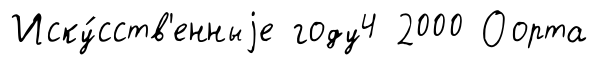
Иску́сств'енныjе году4 2000 Оорта